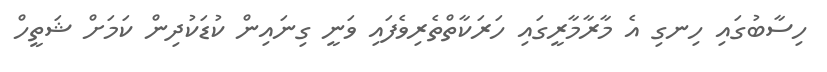
ހިސާބުގައި ހިނގި އެ މާރާމާރީގައި ހަރަކާތްތެރިވެފައި ވަނީ ގިނައިން ކުޑަކުދިން ކަމަށް ޝަތީހް